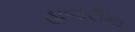
હાજરીમા